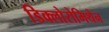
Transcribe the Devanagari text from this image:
डिक्लोरोमिथेन